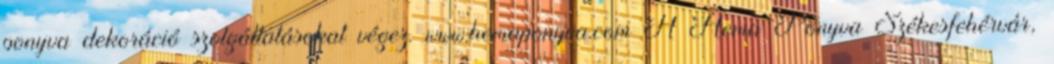
ponyva dekoráció szolgáltatásokat végez. www.hemaponyva.com A Hema Ponyva Székesfehérvár,